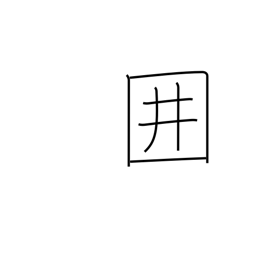
Meaning: paling